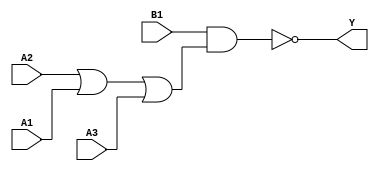
module sky130_fd_sc_hd__o31ai_3 (
    Y ,
    A1,
    A2,
    A3,
    B1
);
    output Y ;
    input  A1;
    input  A2;
    input  A3;
    input  B1;
    wire or0_out    ;
    wire nand0_out_Y;
    or   or0   (or0_out    , A2, A1, A3     );
    nand nand0 (nand0_out_Y, B1, or0_out    );
    buf  buf0  (Y          , nand0_out_Y    );
endmodule